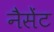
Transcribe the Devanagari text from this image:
नैसेंट